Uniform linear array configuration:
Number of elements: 64
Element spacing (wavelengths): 0.75
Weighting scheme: kaiser
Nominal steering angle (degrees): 45
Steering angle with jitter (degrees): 46.788
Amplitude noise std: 0.05
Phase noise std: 0.05

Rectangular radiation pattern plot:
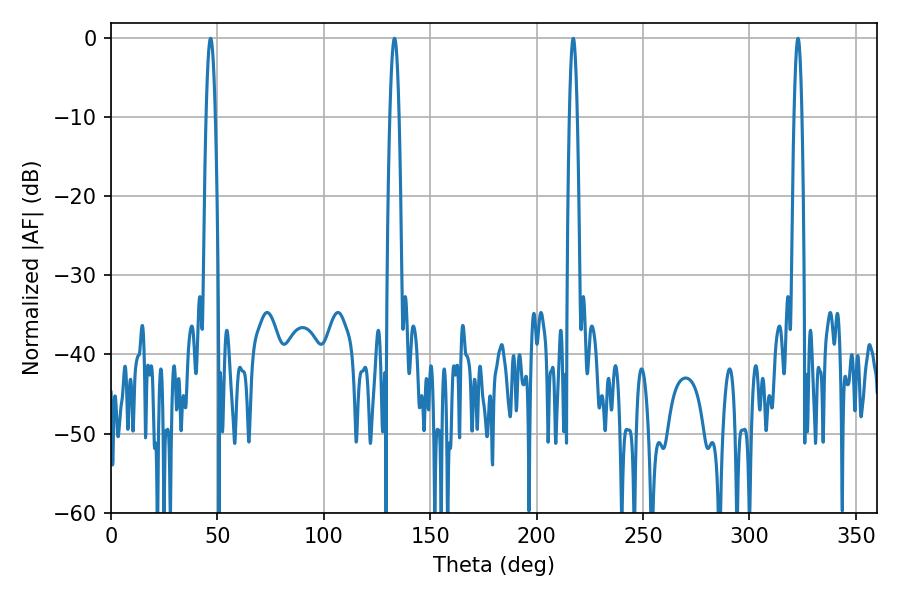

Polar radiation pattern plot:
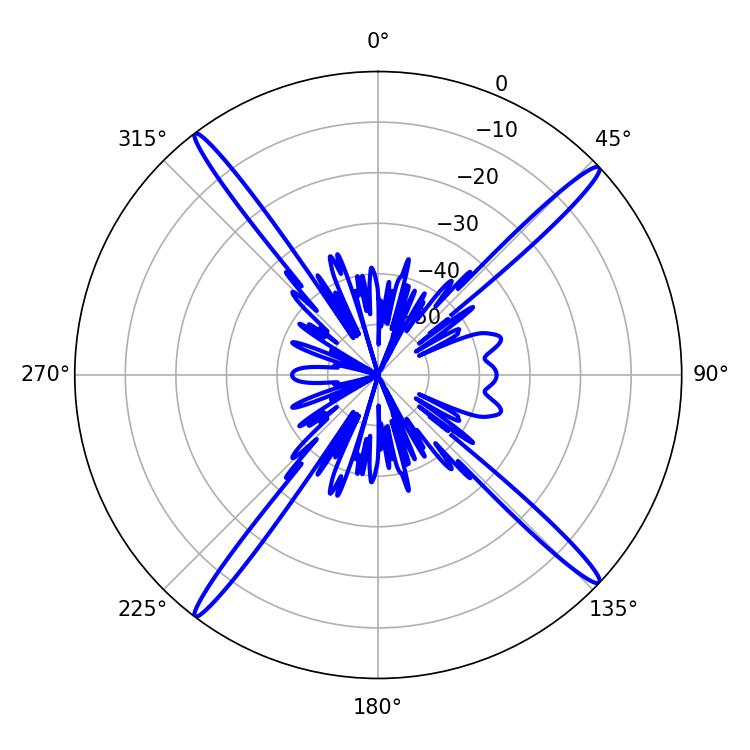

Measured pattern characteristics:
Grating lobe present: TRUE
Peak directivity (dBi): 20.178
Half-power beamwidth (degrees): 2.16
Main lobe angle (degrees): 133.2